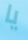
يا